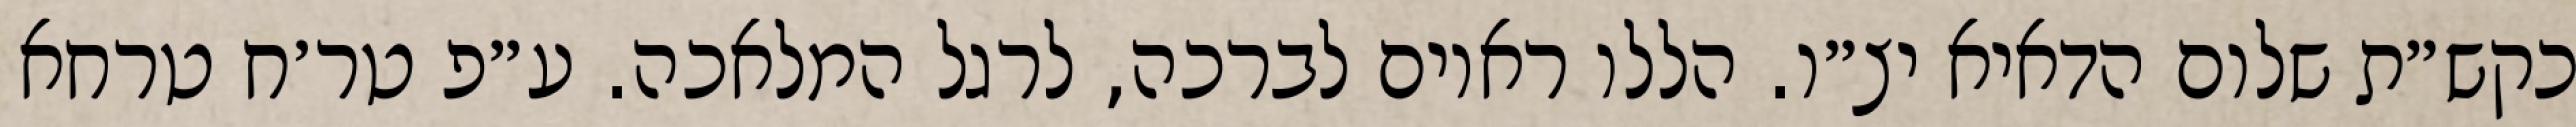
כקש״ת שלום הדאיא יצ״ו. הללו ראוים לברכה, לרגל המלאכה. ע״פ טר׳ח טרחא